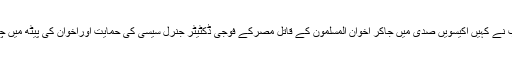
اس کا بدلہ سعودی عرب نے کہیں اکیسویں صدی میں جاکر اخوان المسلمون کے قاتل مصرکے فوجی ڈکٹیٹر جنرل سیسی کی حمایت اوراخوان کی پیٹھ میں چھرا گھونپ کر چکا دیا۔